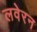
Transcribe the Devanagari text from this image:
लवेरन